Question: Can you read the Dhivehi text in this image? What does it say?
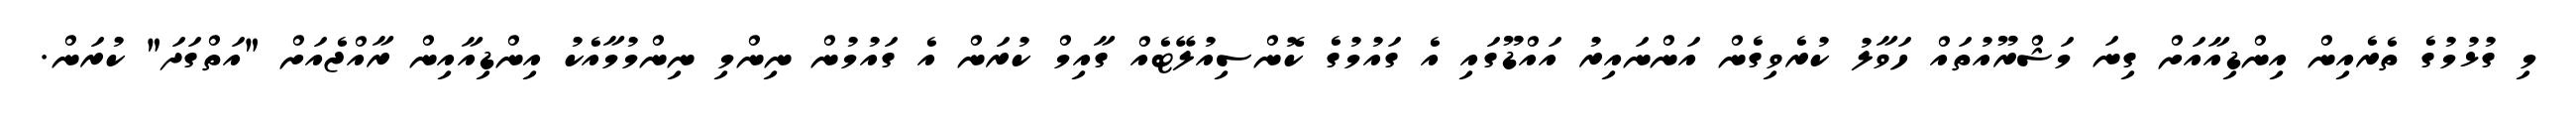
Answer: މި ގުޅުމުގެ ތެރެއިން އިންޑިއާއަށް ގިނަ މަޝްރޫއުތައް ހަވާލު ކުރެވިގެން އަންނައިރު އައްޑޫގައި އެ ގައުމުގެ ކޮންސިއުލޭޓެއް ގާއިމް ކުރަން އެ ގައުމުން ނިންމި ނިންމުމާއެކު އިންޑިއާއިން ރާއްޖެއަށް "އަތްގަދަ" ކުރަން.